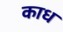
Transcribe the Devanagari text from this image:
काध